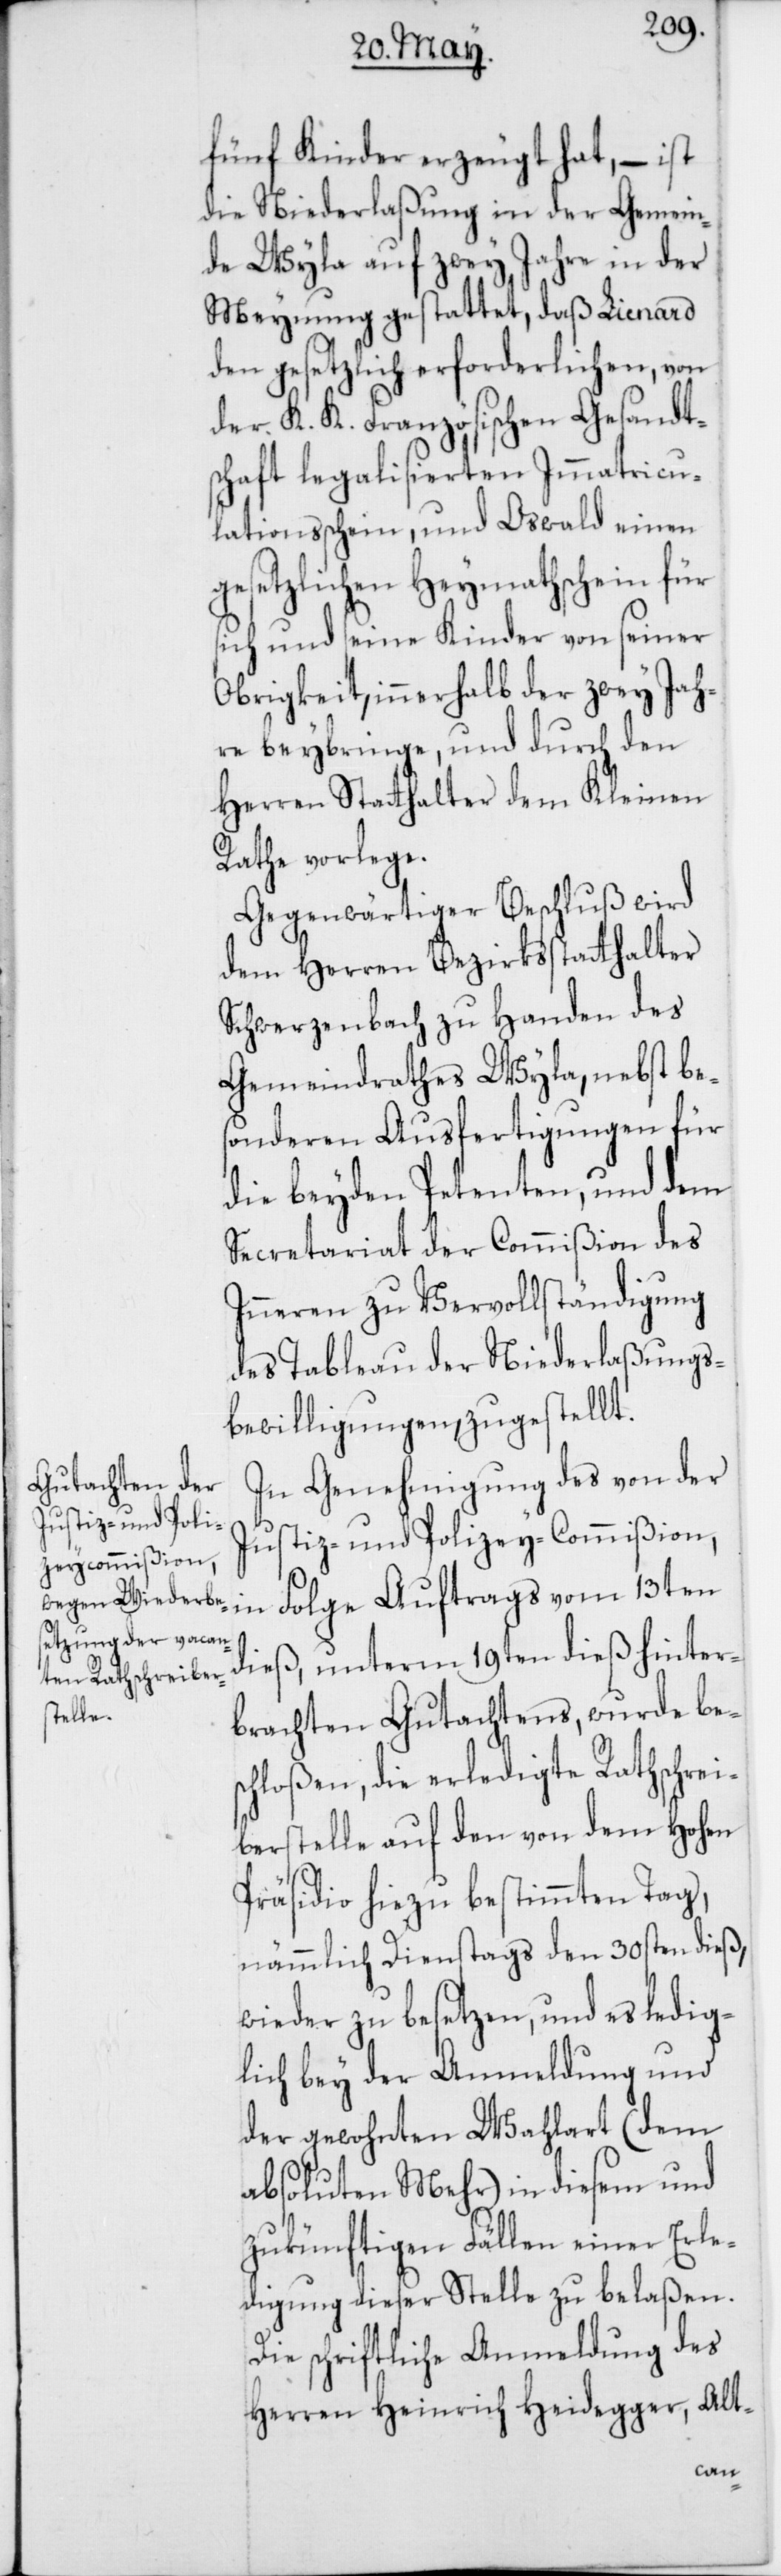
fünf Kinder erzeugt hat, – ist
die Niederlaßung in der Gemein¬
de Wyla auf zwey Jahre in der
Meynung gestattet, daß Lienard
den gesetzlich erforderlichen, von
der K. K. Französischen Gesandt¬
schaft legalisierten Immatricu¬
lationsschein, und Oswald einen
gesetzlichen Heymathschein für
sich und seine Kinder von seiner
Obrigkeit, innerhalb der zwey Jah¬
re beybringe, und durch den
Herren Stathalter dem Kleinen
Rathe vorlege.
Gegenwärtiger Beschluß wird
dem Herren Bezirksstatthalter
Schwerzenbach zu Handen des
Gemeindrathes Wyla, nebst be¬
sonderen Ausfertigungen für
die beyden Petenten, und dem
Secretariat der Commißion des
Inneren zu Vervollständigung
des Tableau der Niederlaßungs¬
bewilligungen zugestellt.
In Genehmigung des von der
Justiz- und Polizey-Commißion,
dieß, unterm 19ten dieß hinter¬
brachten Gutachtens, wurde be¬
schloßen, die erledigte Rathschrei¬
berstelle auf den von dem Hohen
Präsidio hiezu bestimmten Tag,
nämmlich Dienstags den 30sten dieß,
wieder zu besetzen, und es ledig¬
lich bey der Anmeldung und
der gewohnten Wahlart (dem
absoluten Mehr) in diesem und
zukünftigen Fällen einer Erle¬
digung dieser Stelle zu belaßen.
Die schriftliche Anmeldung des
Herren Heinrich Heidegger Alt-